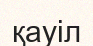
қауіл